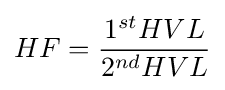
HF={\frac {1^{st}HVL}{2^{nd}HVL}}